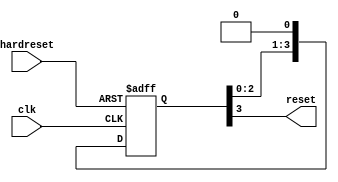
module reset_sync_2 (
  input  wire clk,
  input  wire hardreset,
  output wire reset
);
reg [3:0] reset_reg = 4'hF;
assign reset = reset_reg[3];
always @ (posedge clk, posedge hardreset)
if (hardreset) reset_reg <= 4'hF;
else           reset_reg <= {reset_reg,1'b0};
endmodule